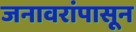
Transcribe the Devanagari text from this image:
जनावरांपासून